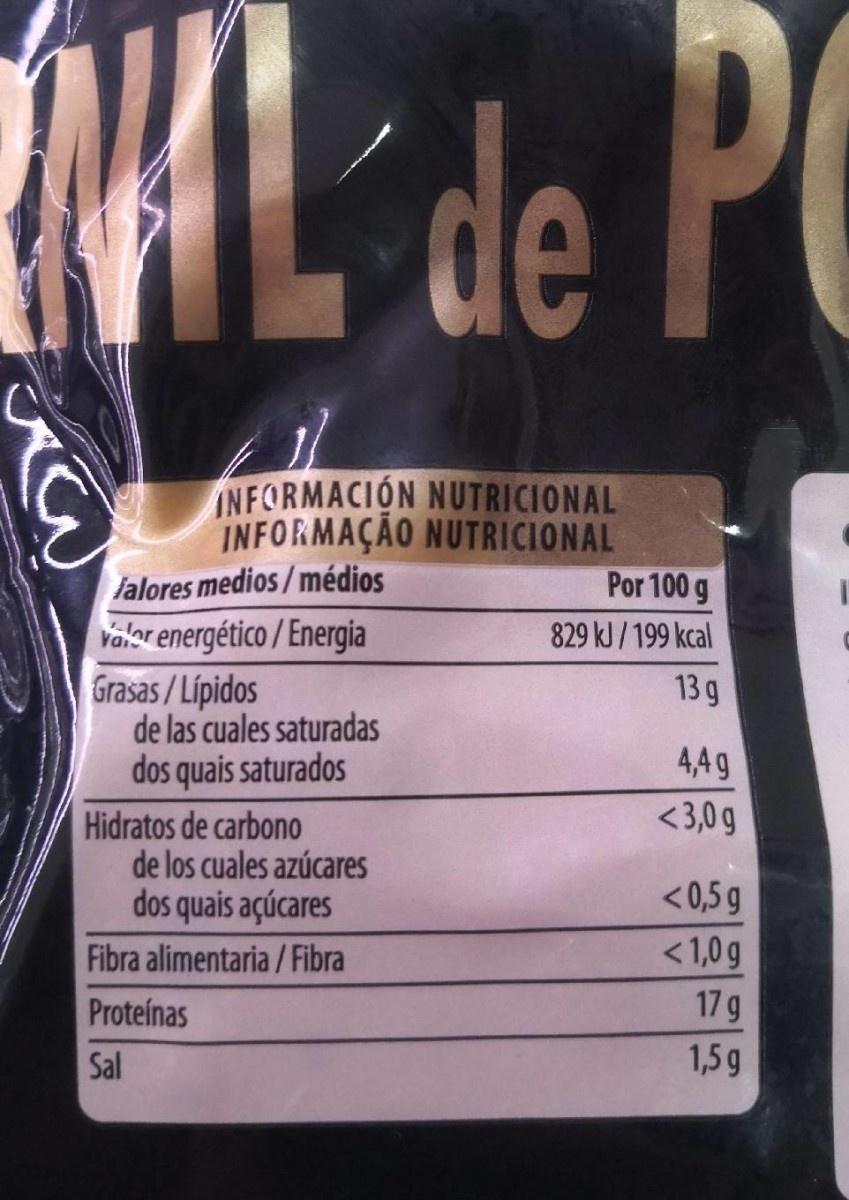
AL de P
C
NFORMACION NUTRICIONAL INFORMAÇÃO NUTRICIONAL lalores medios/médios valor energético / Energia Grasas/Lípidos de las cuales saturadas dos quais saturados
Por 100 g
829 kJ / 199 kcal
13 g
4,4g
<3,0 g
Hidratos de carbono de los cuales azúcares dos quais açúcares
<0,5 g
Fibra alimentaria / Fibra
< 1,0g
Proteínas
17g
Sal
1,5g